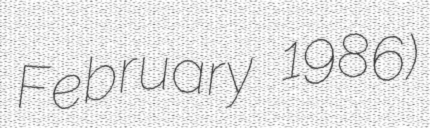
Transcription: February 1986)